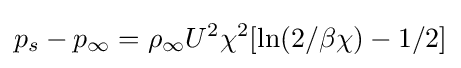
p_{s}-p_{\infty }=\rho _{\infty }U^{2}\chi ^{2}[\ln(2/\beta \chi )-1/2]